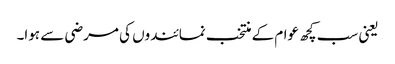
یعنی سب کچھ عوام کے منتخب نمائندوں کی مرضی سے ہوا۔